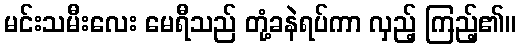
မင်းသမီးလေး မေရီသည် တုံ့ခနဲရပ်ကာ လှည့် ကြည့်၏။